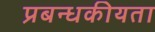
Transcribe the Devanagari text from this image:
प्रबन्धकीयता